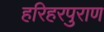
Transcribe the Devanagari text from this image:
हरिहरपुराण